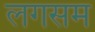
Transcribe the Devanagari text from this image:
लगसम